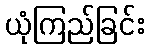
ယုံကြည်ခြင်း